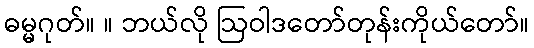
ဓမ္မဂုတ်။ ။ ဘယ်လို ဩဝါဒတော်တုန်းကိုယ်တော်။